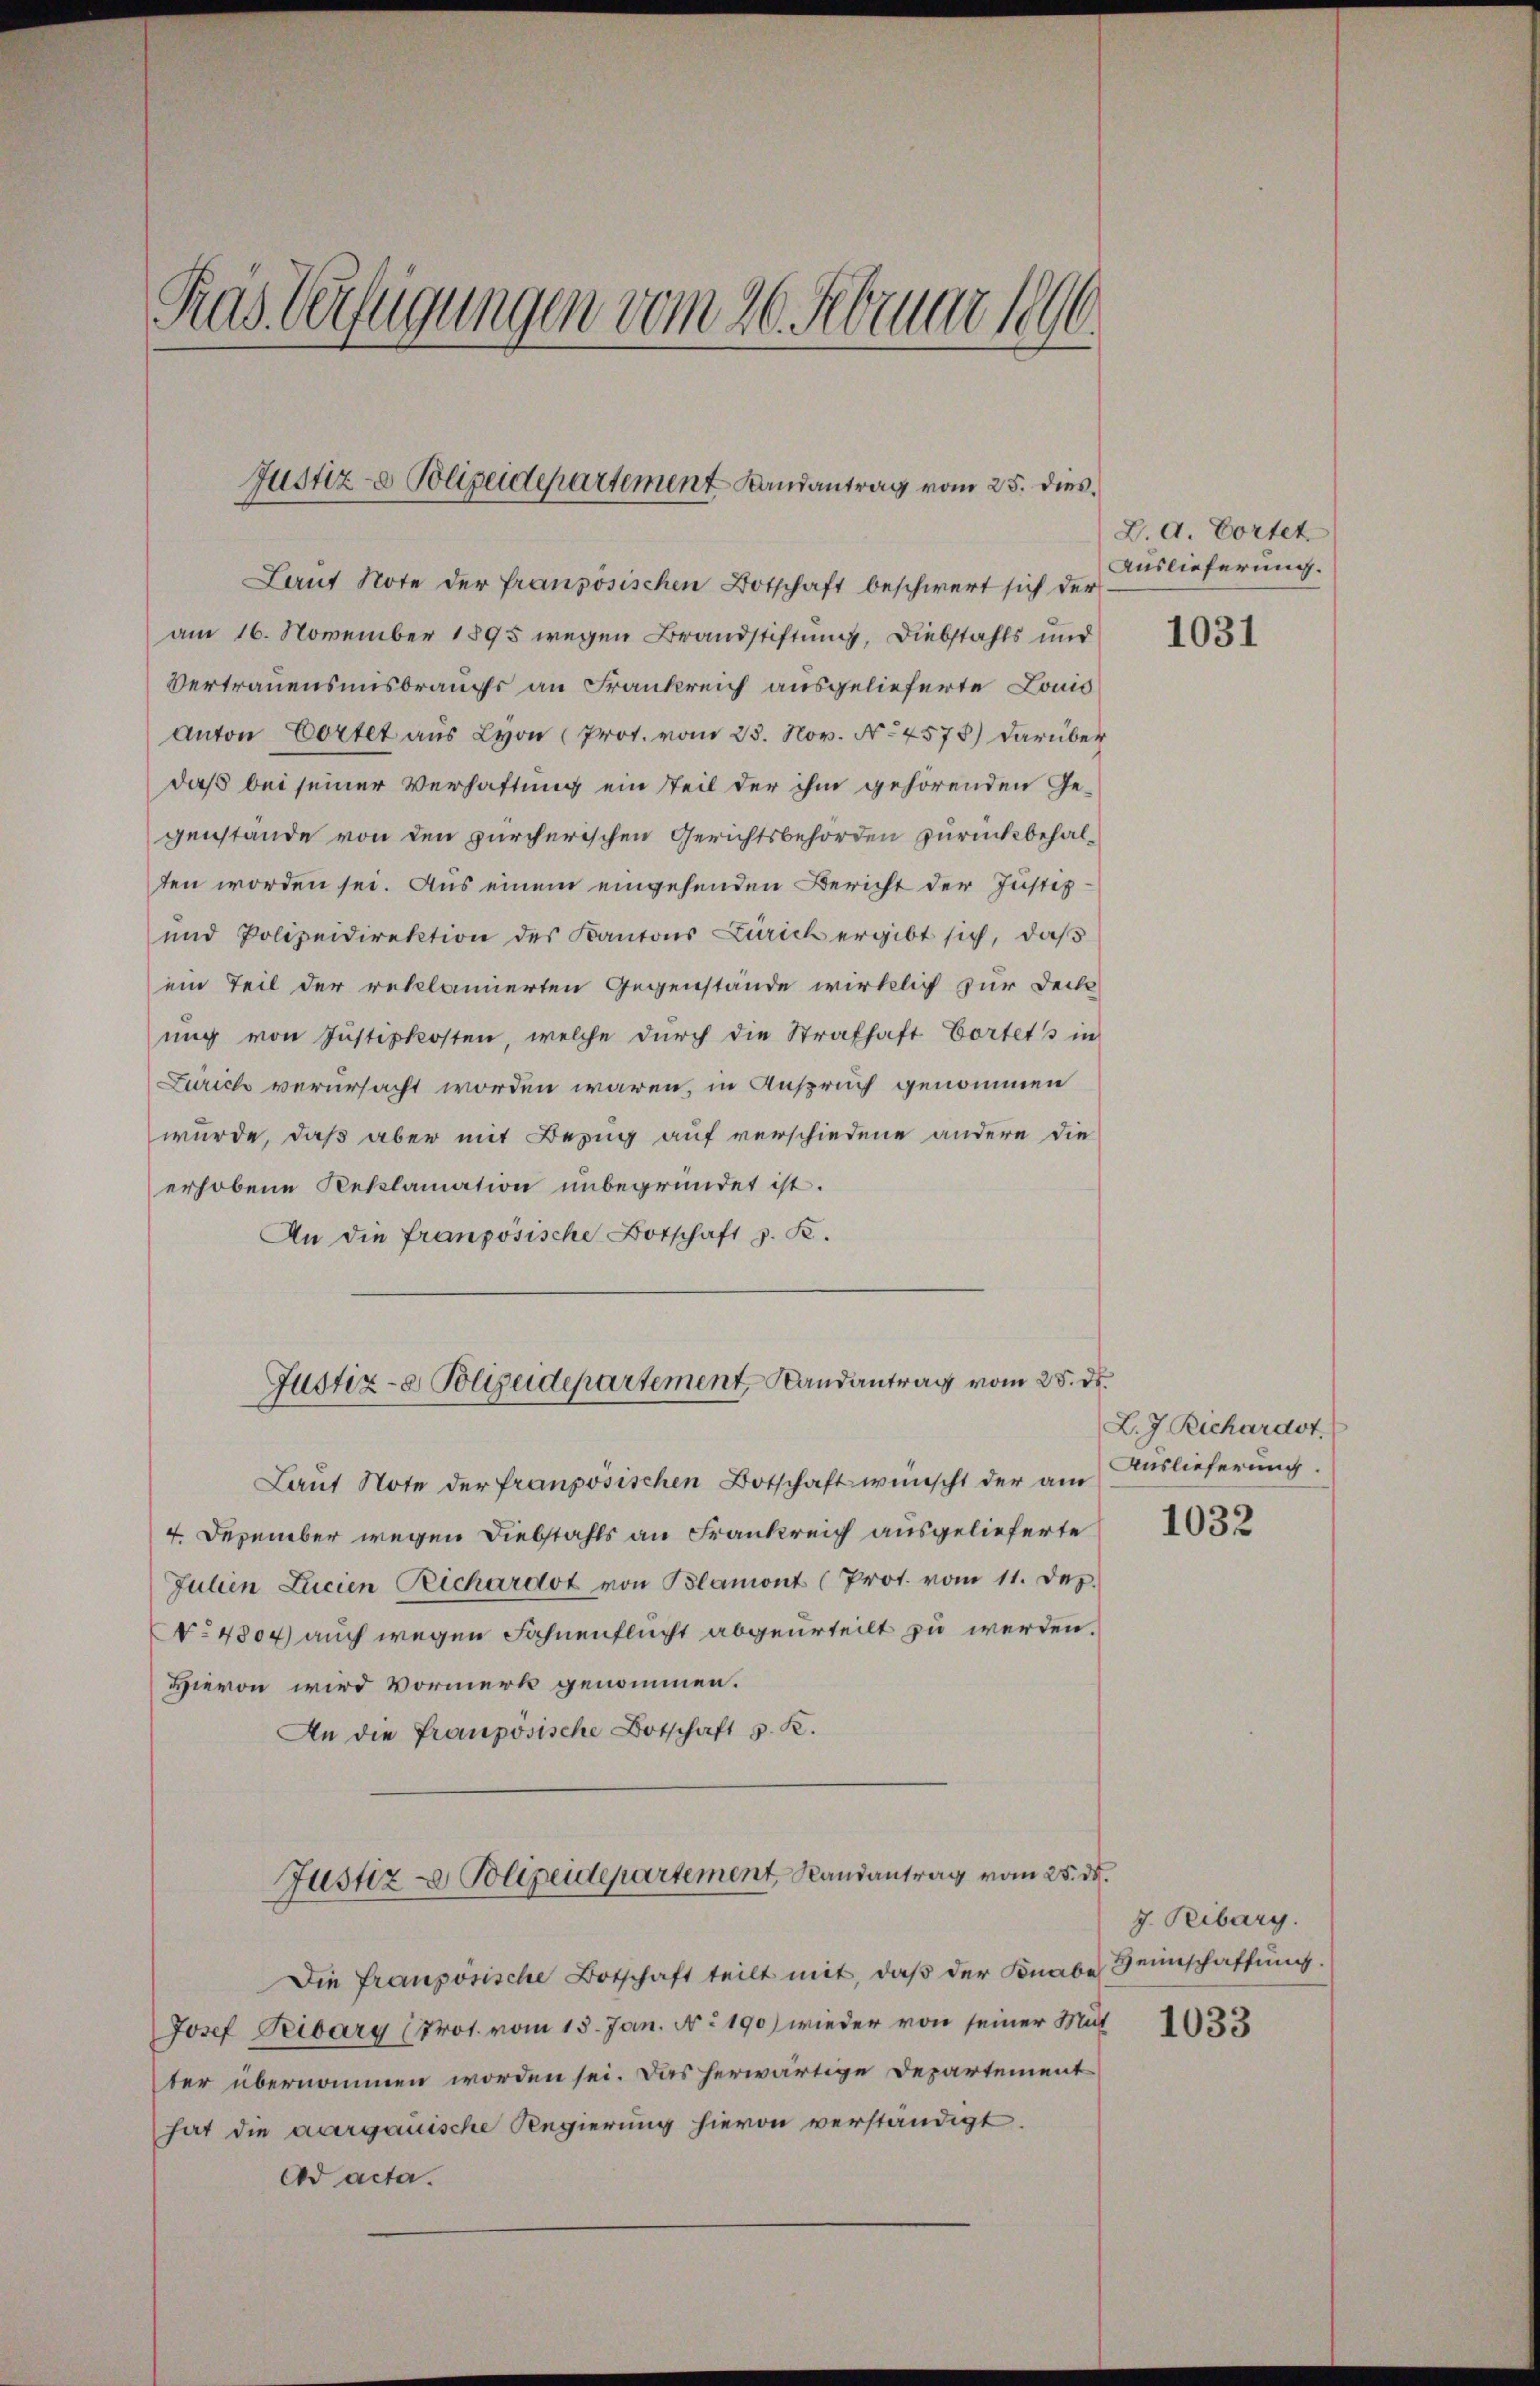
Pras Verfügungen vom 26. Februar 1896.

Justiz- & Polizeidepartement Landantrag vom 25. dies

Laut Note der französischen Botschaft beschwert sich der
am 16. November 1895 wegen Brandstiftung, Diebstahls und
Vertrauensmisbrauchs an Frankreich ausgelieferte Louis
Anton Cortet aus Lyon (Prot. vom 25. Nov. No 4575) darüber
daß bei seiner Verhaftung ein Teil der ihm gehörenden Ge-
genstände von den zürcherischen Gerichtsbehörden zurückbehalten worden sei. Aus einem eingehenden Bericht der Justiz¬
und Polizeidirektion des Kantons Zürich ergibt sich, daß
ein Teil der reklamierten Gegenstände wirklich zur Deck
ung von Justizkosten, welche durch die Strafhaft Vortets in
Zürich verursacht worden wären, in Anspruch genommen
wurde, daß aber mit Bezug auf verschiedene andere die
erhobene Reklamation unbegründet ist.
An die französische Botschaft z. B.
Laŭt Note der französischen Botschaft wünscht der am Auslieferung
4. Dezember wegen Diebstahls an Frankreich ausgelieferte
Julien Lucien Richardot von Blamont (Prot. vom 11. Dez.
No 4804) auch wegen Fahnenflucht abgeurteilt zu werden.
Hievon wird Vormerk genommen.
An die Französische Botschaft v. K.
Justiz- & Polizeidepartement Randantrag vom 25. d.
Die französische Botschaft teilt mit, daß der Knabe einschaffung.
Josef Treiburg (Prot. vom 15. Jan. No 190) wieder von seiner Mut
ter übernommen worden sei. Das herwärtige Departement
hat die aargauische Regierung hievon verständigt.
Ad acta.

Justiz- & Polizeidepartement, Landantrag vom 28. ds.

2. d. Cortet
Auslieferung.

1031

L. J. Richardst.

1032

g. Peibarg.

1033